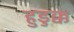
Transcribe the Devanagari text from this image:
हुडुक्क